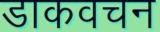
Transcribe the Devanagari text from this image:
डाकवचन